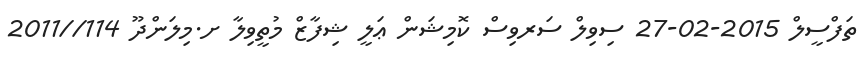
ތަފްސީލް 2015-02-27 ސިވިލް ސަރވިސް ކޮމިޝަން ޢަލީ ޝިފާޒް މުތީވިލާ ށ.މިލަންދޫ 114//2011